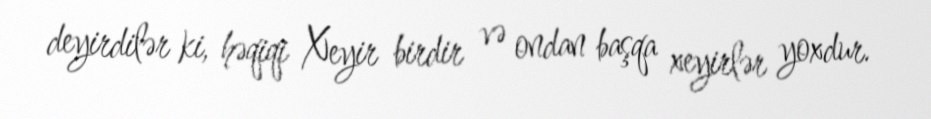
deyirdilər ki, həqiqi Xeyir birdir və ondan başqa xeyirlər yoxdur.